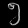
Digit: ၅